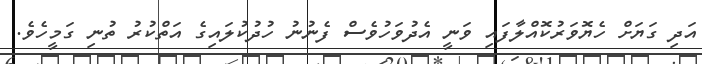
އަދި ގަޔަށް ހެޔޮވަރުކޮއްލާފައި ވަނީ އެދުވަހުވެސް ފެނުނު ހުދުކުލައިގެ އަތްކުރު ތުނި ގަމީހެވެ.